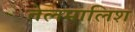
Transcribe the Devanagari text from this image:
तेलमालिश